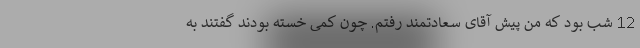
12 شب بود که من پیش آقای سعادتمند رفتم. چون کمی خسته بودند گفتند به